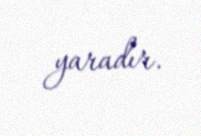
yaradır.